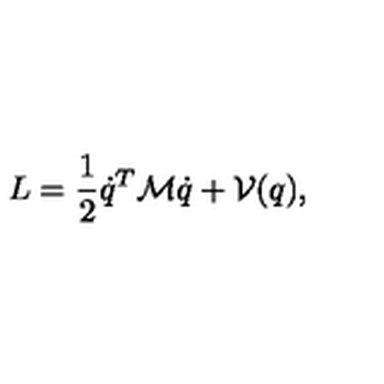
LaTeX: L = \frac 1 2 \dot { q } ^ { T } { \cal M } \dot { q } + { \cal V } ( q ) ,